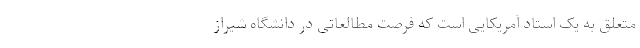
متعلق به یک استاد آمریکایی است که فرصت مطالعاتی در دانشگاه شیراز